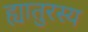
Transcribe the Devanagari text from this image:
ह्यातुरस्य